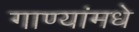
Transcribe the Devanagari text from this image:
गाण्यांमधे